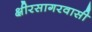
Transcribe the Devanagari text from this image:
क्षीरसागरवासी